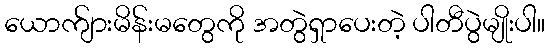
ယောက်ျားမိန်းမတွေကို အတွဲရှာပေးတဲ့ ပါတီပွဲမျိုးပါ။